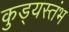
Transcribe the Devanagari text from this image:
कुड्यस्तंभ